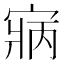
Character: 寎